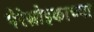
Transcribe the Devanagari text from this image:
पेरेस्त्रोइकाच्या